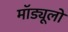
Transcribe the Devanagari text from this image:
मॉड्यूलो